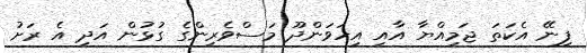
ފިނޭ އެކަތަ ޖަމިއްޔާ އާއި އިހަވަންދޫ މަސްވެރިންގެ ގުޅުން އަދި އެ ރަށު